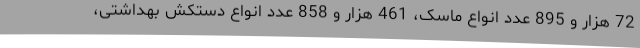
72 هزار و 895 عدد انواع ماسک، 461 هزار و 858 عدد انواع دستکش بهداشتی،